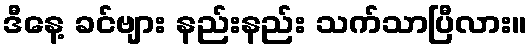
ဒီနေ့ ခင်ဗျား နည်းနည်း သက်သာပြီလား။